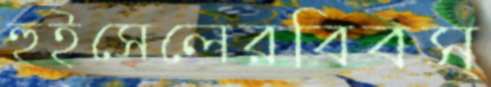
হুইসেলেরবিবস্